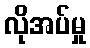
လိုအပ်မှု